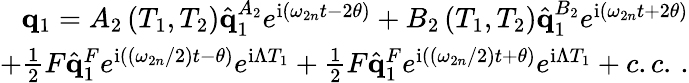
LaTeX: \begin{array}{r}{\mathbf{q}_{1}=A_{2}\left(T_{1},T_{2}\right)\hat{\mathbf{q}}_{1}^{A_{2}}e^{\mathrm{i}\left(\omega_{2n}t-2\theta\right)}+B_{2}\left(T_{1},T_{2}\right)\hat{\mathbf{q}}_{1}^{B_{2}}e^{\mathrm{i}\left(\omega_{2n}t+2\theta\right)}}\\ {+\frac{1}{2}F\hat{\mathbf{q}}_{1}^{F}e^{\mathrm{i}\left(\left(\omega_{2n}/2\right)t-\theta\right)}e^{\mathrm{i}\Lambda T_{1}}+\frac{1}{2}F\hat{\mathbf{q}}_{1}^{F}e^{\mathrm{i}\left(\left(\omega_{2n}/2\right)t+\theta\right)}e^{\mathrm{i}\Lambda T_{1}}+c.c.\, .}\end{array}